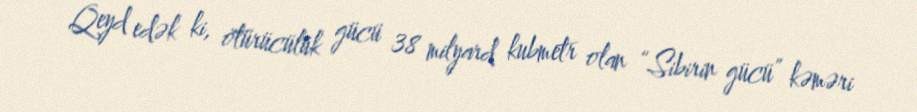
Qeyd edək ki, ötürücülük gücü 38 milyard kubmetr olan “Sibirin gücü” kəməri